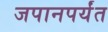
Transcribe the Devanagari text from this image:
जपानपर्यंत